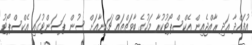
އުފައްދާ އަދި ރާއްޖެއިން އެކްސްޕޯޓުކުރާ މަހުގެ ބާވަތްތައް ޗައިނާއަށް ސުން ޕަސަންޓުގައި އެކްސްޕޯޓު